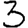
Digit: 3